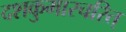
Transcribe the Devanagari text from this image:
दशकुमारचरित्‌